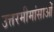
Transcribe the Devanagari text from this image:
उत्तरमीमांसाओं